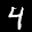
Label: 4